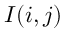
I ( i , j )